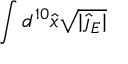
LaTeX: \int d ^ { 1 0 } \hat { x } \sqrt { | \hat { \jmath } _ { E } | }